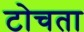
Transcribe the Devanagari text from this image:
टोचता